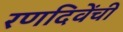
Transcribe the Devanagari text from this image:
रणदिवेंची